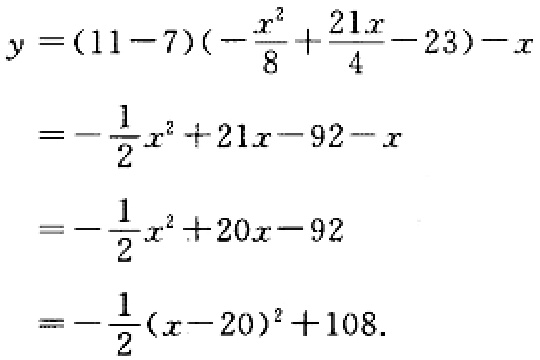
\[
\begin{align*}
y&=(11 - 7)\left(-\frac{x^{2}}{8}+\frac{21x}{4}-23\right)-x\\
&=-\frac{1}{2}x^{2}+21x - 92 - x\\
&=-\frac{1}{2}x^{2}+20x - 92\\
&=-\frac{1}{2}(x - 20)^{2}+108.
\end{align*}
\]